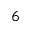
6